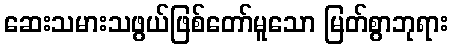
ဆေးသမားသဖွယ်ဖြစ်တော်မူသော မြတ်စွာဘုရား